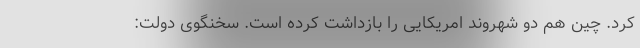
کرد. چین هم دو شهروند امریکایی را بازداشت کرده است. سخنگوی دولت: